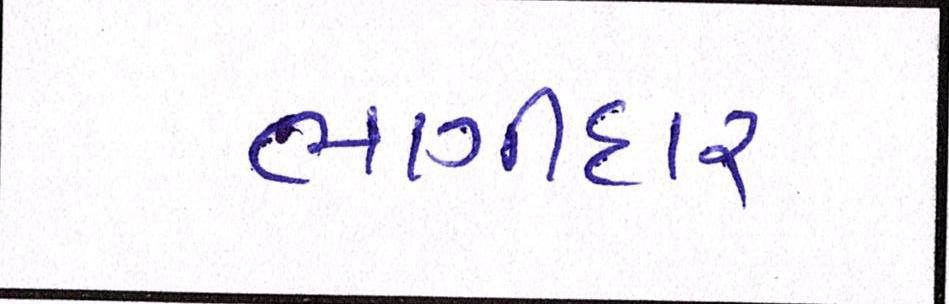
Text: ભાગીદાર